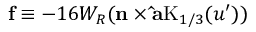
{ \bf f } \equiv - 1 6 W _ { R } ( { \bf n } \times { \bf \hat { a } } \mathrm { K } _ { 1 / 3 } ( u ^ { \prime } ) )